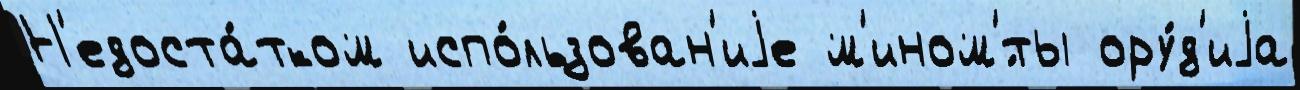
Н'едоста́тком испо́льзован'иjе м'ином'́ты ору́д'иjа